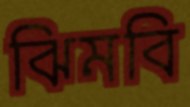
ঝিমবি